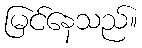
မြင်နေသည်။